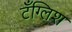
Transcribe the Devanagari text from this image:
टँग्लिश